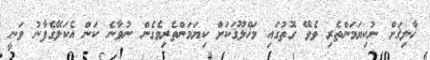
ޚާލިޤަށް ނުކިޔަމަންތެރި ވެވޭ ގޮތުގައި މަޚްލޫޤަކަށް ކިޔަމަންތެރިވެގެން ނުވާނެ ކަން އެކަލޭގެފާނު ވަނީ